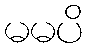
မမပိ